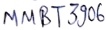
Text: MMBT3906